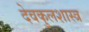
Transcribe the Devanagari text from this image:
देवकुलशास्त्र